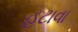
હટાવા